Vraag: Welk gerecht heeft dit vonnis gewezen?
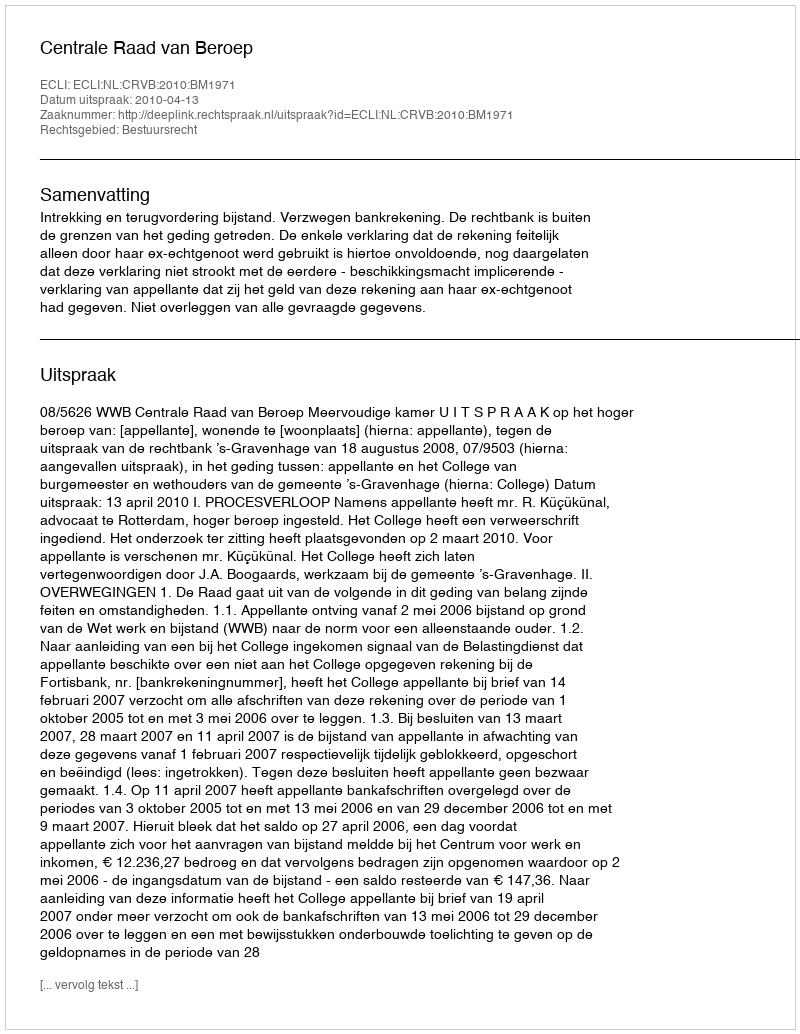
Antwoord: Centrale Raad van Beroep